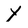
Character: Y